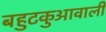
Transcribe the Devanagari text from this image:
बहुटकुआवाली